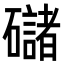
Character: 䃴